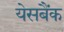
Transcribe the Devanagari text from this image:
येसबैंक